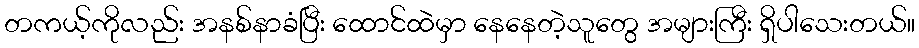
တကယ့်ကိုလည်း အနစ်နာခံပြီး ထောင်ထဲမှာ နေနေတဲ့သူတွေ အများကြီး ရှိပါသေးတယ်။